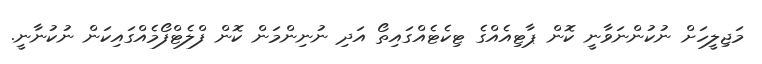
މަޖިލީހަށް ނުކުންނަވާނީ ކޮން ޕާޓިއެއްގެ ޓިކެޓެއްގައިތޯ އަދި ނުނިންމަން ކޮން ފްލެޓްފޯމެއްގައިކަން ނުކުނާނީ.